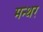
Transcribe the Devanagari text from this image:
मन्थर